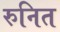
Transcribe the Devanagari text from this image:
रुनित